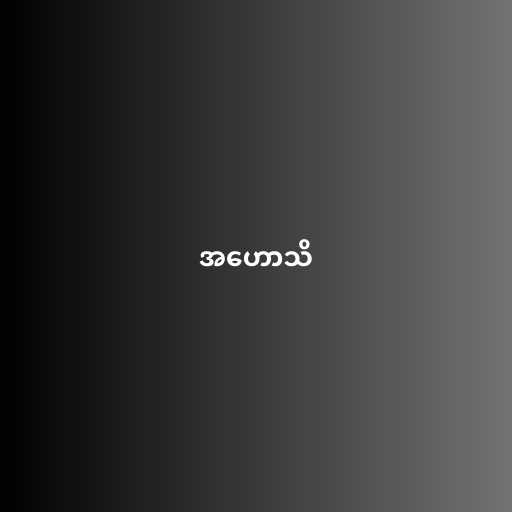
အဟောသိ